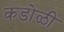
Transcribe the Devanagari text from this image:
कडोळी